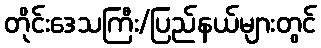
တိုင်းဒေသကြီး/ပြည်နယ်များတွင်